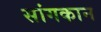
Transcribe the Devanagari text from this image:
सांगकान